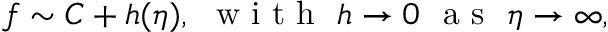
f \sim C + h ( \eta ) , ~ \textrm { w i t h } \ h \to 0 ~ \textrm { a s } \ \eta \to \infty ,